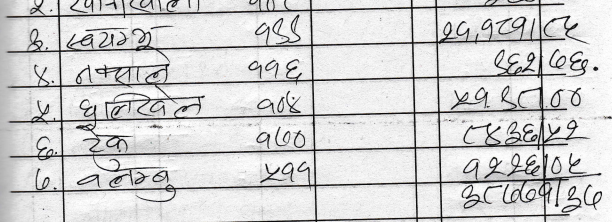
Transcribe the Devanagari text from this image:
२. स्वयम्भू १४४ २७,१७२८
३. नक्साले ११६ ९६२६६
४. धुलिखेल १०४ ५५४८००
५. टेक १०० ८४३६५२
६. बलम्बु ५११ ९२२६१०६
३८०७५१३६